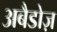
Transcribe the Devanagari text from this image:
अबैडोज़